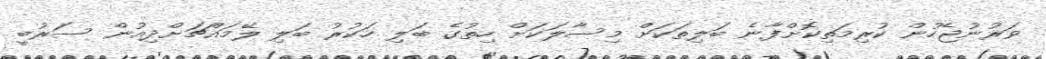
ވަރުނުޖެހުން ކުރިމަތިކޮށްފާނެ ބަލިތަކަށް މިސާލަކަށް ހިތުގެ ބަލި ހަކުރު ބަލި ލޭމައްޗަށްދިއުން ސަރުބީ